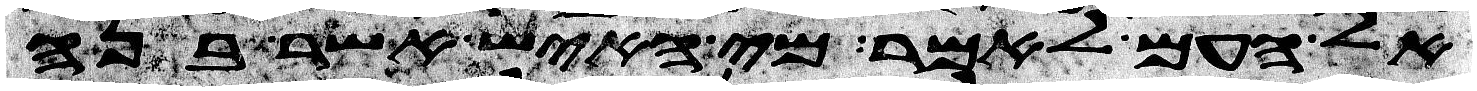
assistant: אל העם לאמר מי האיש אשר בנה